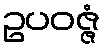
ဥပဝဇ္ဇံ